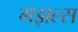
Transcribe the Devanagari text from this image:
गझल्स